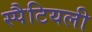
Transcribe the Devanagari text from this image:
स्पैटियली